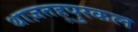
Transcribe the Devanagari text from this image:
थाज़तहूपुरकल